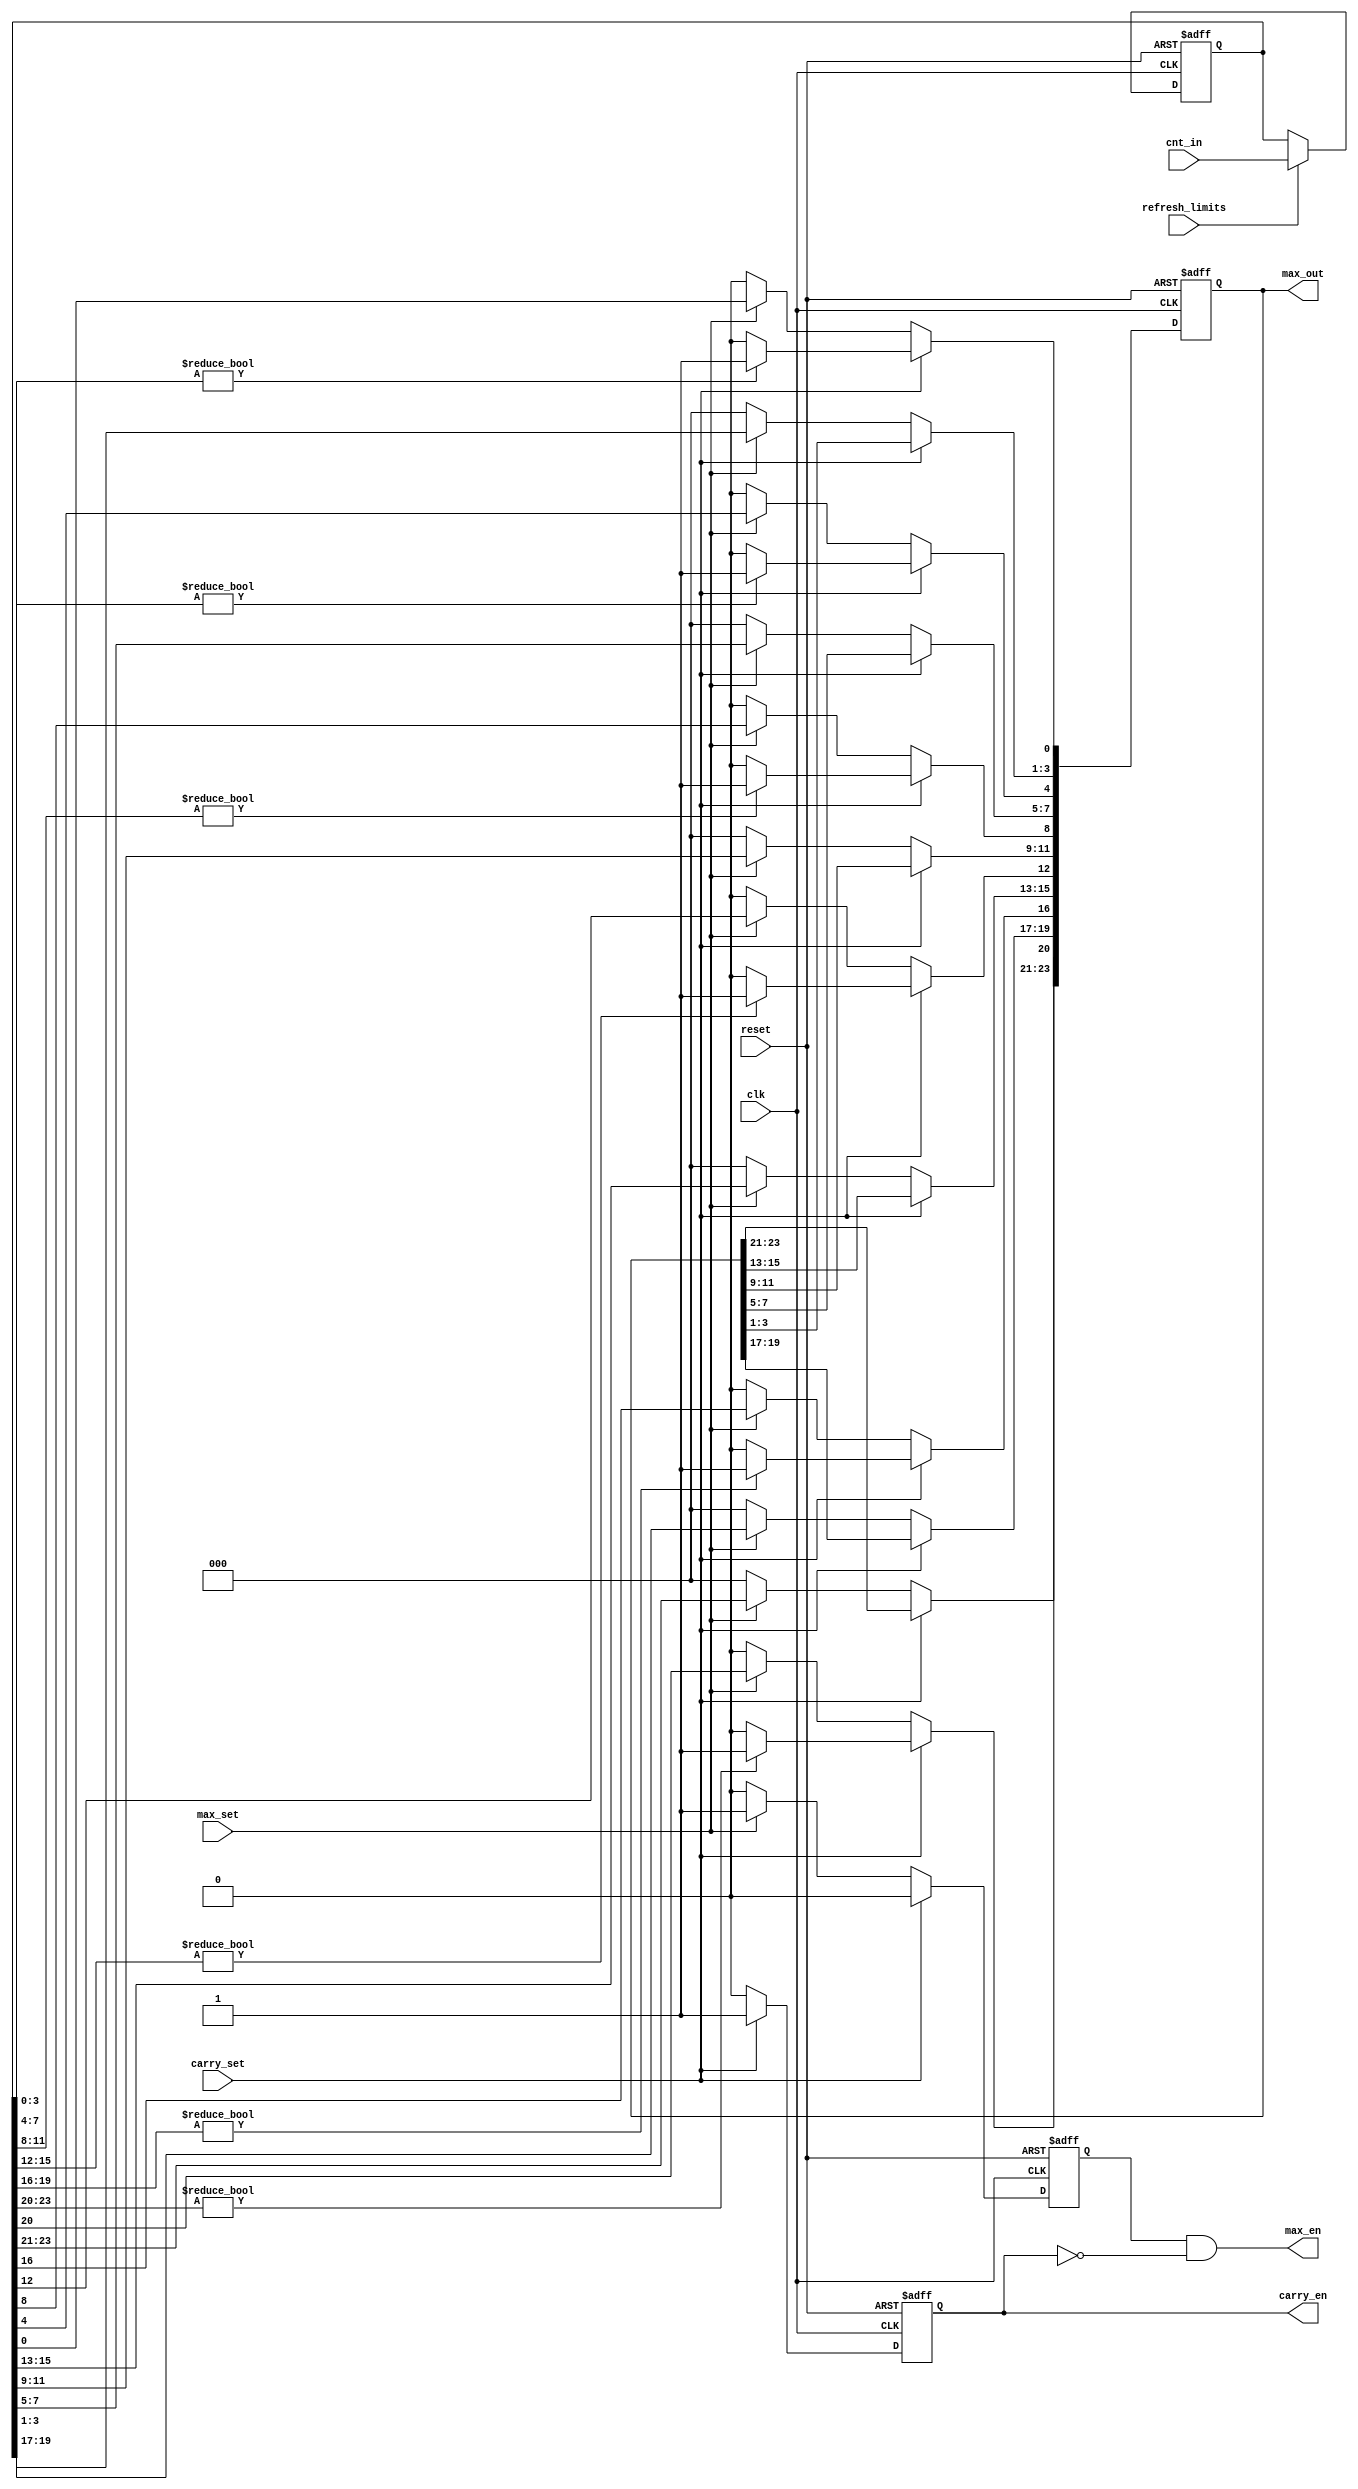
module modeselect #(parameter DIGITS = 6)(

	//Inputs
    input wire  [4*DIGITS-1:0] cnt_in, 	//Current counter values    
    input wire carry_set,		//Active for mode Carry
    input wire max_set,			//Active for mode Max Value
    input wire refresh_limits,		//Refresh current maximum values/carry over
    
    input wire reset,			//System reset
    input wire clk,			//System Clock
    
    	//Output
    output wire [4*DIGITS-1:0] max_out,	//Current maximum values/carry over information
    output wire carry_en,		//Mode Carry is active
    output wire max_en			//Mode Max Value is active
);
	//Storage of currently set limit
    reg [4*DIGITS-1:0] current_limit;
    
    	//Assisting Output Signals
    reg max_flag;
    reg carry_flag;
    reg [4*DIGITS-1:0] current_output;
    
    integer j;
    
    always @(posedge reset or posedge clk) begin
    		//if reset, clear stored limit and enter single digit mode
    	if (reset) begin
    		max_flag <= 1'b0;
    		current_limit <= 'd0;
    		current_output <= 'd0;
    		carry_flag <= 1'b0;
    	end else begin
    		//if carry_set, output carry over enable and information of set limit
    		if (carry_set) begin
    			carry_flag <= 1'b1;
    			max_flag <= 1'b0;
    			for  (j = 0; j<4*DIGITS; j = j+4) begin
    				if (current_limit[j+:4] != 4'd0) begin
    					current_output [j] <= 1'b1;
    				end else begin 
 					current_output [j] <= 1'b0;
    				end
    			end
    		//else if max_set, output max val enable and max values of set limit
    		end else if (max_set) begin
    			carry_flag <= 1'b0;
    			max_flag <= 1'b1;
    			current_output <= current_limit;
    		//else, single digit mode, all outputs are 'low'
    		end else begin
    			carry_flag <= 1'b0;
    			max_flag <= 1'b0;
    			current_output <= 'd0;
    		end
    		
    		//if refresh limit, set current counter value as new limit
    		if (refresh_limits) begin
    			current_limit <= cnt_in;
    		end
    	end
    end
    
	//Assigning temporary signals to the outputs
    assign carry_en = carry_flag; 
    assign max_en = max_flag && !carry_flag;
    assign max_out = current_output;

endmodule